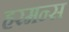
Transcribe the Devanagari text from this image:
हरमन्स